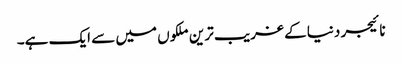
نائیجر دنیا کے غریب ترین ملکوں میں سے ایک ہے۔